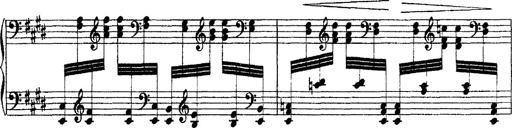
Title: Ã‰tudes d'exÃ©cution transcendante d'aprÃ¨s Paganini
Composer: Franz Liszt